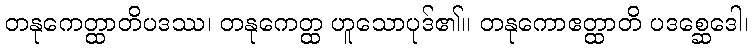
တနုကေတ္ထာတိပဒဿ၊ တနုကေတ္ထ ဟူသောပုဒ်၏။ တနုကောဧတ္ထာတိ ပဒစ္ဆေဒေါ၊